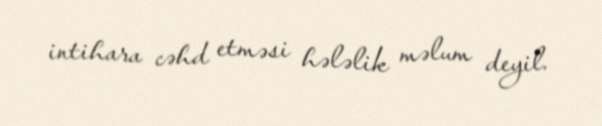
intihara cəhd etməsi hələlik məlum deyil.